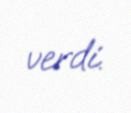
verdi.